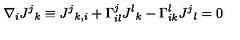
\nabla _ { i } J ^ { j } { } _ { k } \equiv J ^ { j } { } _ { k , i } + \Gamma _ { i l } ^ { j } J ^ { l } { } _ { k } - \Gamma _ { i k } ^ { l } J ^ { j } { } _ { l } = 0